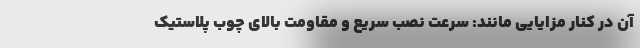
آن در کنار مزایایی مانند: سرعت نصب سریع و مقاومت بالای چوب پلاستیک